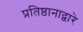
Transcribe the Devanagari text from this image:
प्रतिष्ठानाद्वारे